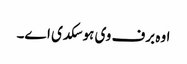
اوہ برف وی ہو سکدی ا‏‏ے۔